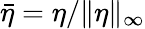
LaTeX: \bar{\eta}=\eta/\| \eta\| _{\infty}